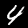
Label: 4